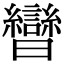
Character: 曫